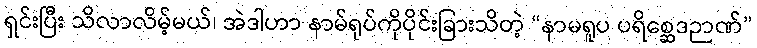
ရှင်းပြီး သိလာလိမ့်မယ်၊ အဲဒါဟာ နာမ်ရုပ်ကိုပိုင်းခြားသိတဲ့ “နာမရူပ ပရိစ္ဆေဒဉာဏ်”